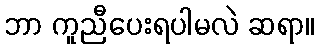
ဘာ ကူညီပေးရပါမလဲ ဆရာ။